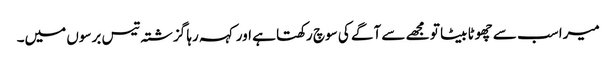
میرا سب سے چھوٹا بیٹا تو مجھے سے آگے کی سوچ رکھتا ہے اور کہہ رہا گزشتہ تیس برسوں میں۔